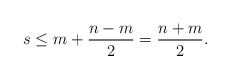
\begin{align*}s \leq m + \frac{n-m}{2} = \frac{n+m}{2}.\end{align*}